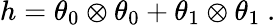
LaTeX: h=\theta_{0}\otimes\theta_{0}+\theta_{1}\otimes\theta_{1}\ .